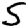
Digit: 5